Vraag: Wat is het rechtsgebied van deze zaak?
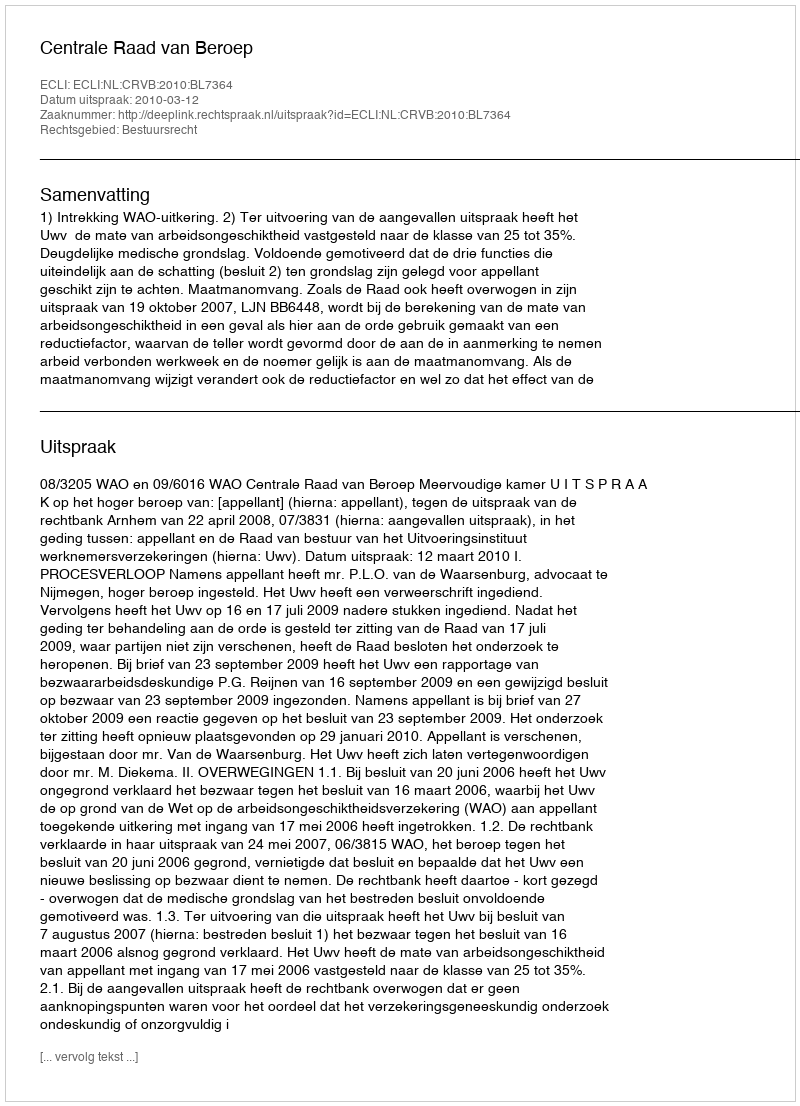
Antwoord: Bestuursrecht